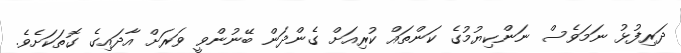
ދަރިފުޅު ނަމަވެސް ނަންކިޔުމުގެ ކަންތައް ކުރިއަށް ގެންދަން ބޭނުންވީ ވަރަށް އާދައިގެ ގޮތަކަށެވެ.